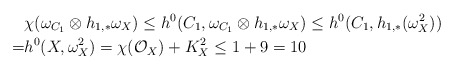
\begin{align*}& \chi(\omega_{C_1}\otimes h_{1,*}\omega_X)\le h^0(C_1,\omega_{C_1}\otimes h_{1,*}\omega_X)\le h^0(C_1,h_{1,*}(\omega_X^2))\\=& h^0(X,\omega_X^2)=\chi(\mathcal{O}_X)+K_X^2\le 1+9=10\end{align*}